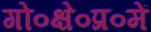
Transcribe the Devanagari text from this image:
गो०क्षे०प्र०में